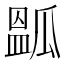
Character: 㼔